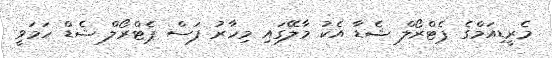
މެރީޑިއަމްގެ ޕެޓްރޯލް ޝެޑާ އެކު މާލޭގައި މިހާރު ފަސް ޕެޓްރޯލް ޝެޑް ހަމަވީ